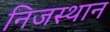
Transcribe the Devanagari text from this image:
निजस्थान